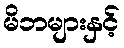
မိဘများနှင့်